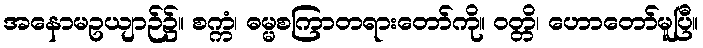
အနောမဥယျာဉ်၌။ စက္ကံ၊ ဓမ္မစကြာတရားတော်ကို။ ဝတ္တိ၊ ဟောတော်မူပြီ။